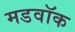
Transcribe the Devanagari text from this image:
मडवॉक